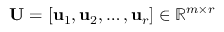
\mathbf { U } = [ \mathbf { u } _ { 1 } , \mathbf { u } _ { 2 } , \ldots , \mathbf { u } _ { r } ] \in \mathbb { R } ^ { m \times r }